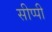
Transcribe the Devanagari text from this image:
सीप्पी